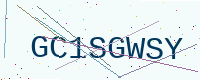
Text: GC1SGWSY